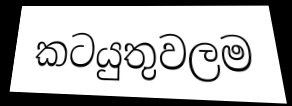
කටයුතුවලම